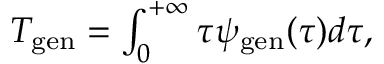
\begin{array} { r } { T _ { \mathrm { g e n } } = \int _ { 0 } ^ { + \infty } { \tau \psi _ { \mathrm { g e n } } ( \tau ) d \tau } , } \end{array}